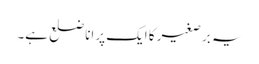
یہ برِصغیر کا ایک پرانا ضلع ہے۔